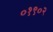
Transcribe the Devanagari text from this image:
०१९०२